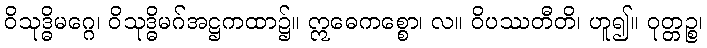
ဝိသုဒ္ဓိမဂ္ဂေ၊ ဝိသုဒ္ဓိမဂ်အဋ္ဌကထာ၌။ ဣဓေကစ္စော၊ လ။ ဝိပဿတီတိ၊ ဟူ၍။ ဝုတ္တဉ္စ၊